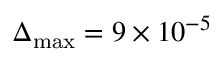
\Delta _ { \mathrm { m a x } } = 9 \times 1 0 ^ { - 5 }